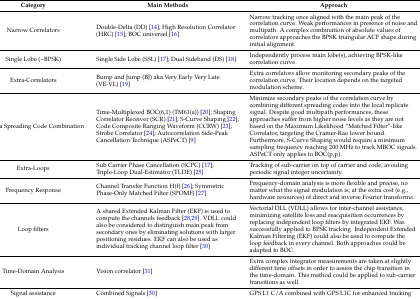
<table><thead><tr><td><b>Category</b></td><td><b>Main Methods</b></td><td><b>Approach</b></td></tr></thead><tbody><tr><td>Narrow Correlators</td><td>Double-Delta (DD) [14]; High Resolution Correlator (HRC) [15]; BOC universel [16]</td><td>Narrow tracking once aligned with the main peak of the correlation curve. Weak performances in presence of noise and multipath. A complex combination of absolute values of correlators approaches the BPSK triangular ACF shape during initial alignment.</td></tr><tr><td>Single Lobe (~BPSK)</td><td>Single Side Lobe (SSL) [17]; Dual Sideband (DS) [18]</td><td>Independently process main lobe(s), achieving BPSK-like correlation curve.</td></tr><tr><td>Extra-Correlators</td><td>Bump and Jump (BJ) aka Very Early Very Late (VE-VL) [19]</td><td>Extra correlators allow monitoring secondary peaks of the correlation curve. Their location depends on the targeted modulation scheme.</td></tr><tr><td>Replica Spreading Code Combination</td><td>Time-Multiplexed BOC(6,1) (TM61(a)) [20]; Shaping Correlator Receiver (SCR) [21]; S-Curve Shaping [22]; Code Composite Ranging Waveform (CCRW) [23]; Strobe Correlator [24]; Autocorrelation Side-Peak Cancellation Technique (ASPeCT) [9]</td><td>Minimize secondary peaks of the correlation curve by combining different spreading codes into the local replicate signal. Despite good multipath performances, these approaches suffer from higher noise levels as they are not based on the Maximum Likelihood “Matched Filter”-like Correlator, targeting the Cramer-Rao lower bound. Furthermore, S-Curve Shaping would require a minimum sampling frequency reaching 200 MHz to track MBOC signals. ASPeCT only applies to BOC(p,p).</td></tr><tr><td>Extra-Loops</td><td>Sub Carrier Phase Cancellation (SCPC) [17]; Triple-Loop Dual-Estimator (TLDE) [25]</td><td>Tracking of sub-carrier on top of carrier and code, avoiding periodic signal integer uncertainty.</td></tr><tr><td>Frequency Response</td><td>Channel Transfer Function H(f) [26]; Symmetric Phase-Only Matched Filter (SPOMF) [27]</td><td>Frequency-domain analysis is more flexible and precise, no matter what the signal modulation is; at the extra cost (e.g., hardware resources) of direct and inverse Fourier transforms.</td></tr><tr><td>Loop filters</td><td>A shared Extended Kalman Filter (EKF) is used to compute the channels feedback [28,29]. VDLL could also be considered to distinguish main peak from secondary ones by eliminating solutions with larger positioning residues. EKF can also be used as individual tracking channel loop filter [30]</td><td>Vectorial DLL (VDLL) allows for inter-channel assistance, minimizing satellite loss and reacquisition occurrences by replacing independent loop filters by integrated EKF. Was successfully applied to BPSK tracking. Independent Extended Kalman Filtering (EKF) could also be used to compute the loop feedback in every channel. Both approaches could be adapted to BOC.</td></tr><tr><td>Time-Domain Analysis</td><td>Vision correlator [31]</td><td>Extra complex integrator measurements are taken at slightly different time offsets in order to assess the chip transition in the time-domain. This method could be applied to sub-carrier transitions as well.</td></tr><tr><td>Signal assistance</td><td>Combined Signals [30]</td><td>GPS L1 C/A combined with GPS L1C for enhanced tracking</td></tr></tbody></table>